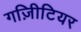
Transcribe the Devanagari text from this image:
गज़िीटियर